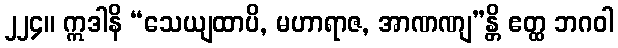
၂၂၄။ ဣဒါနိ “သေယျထာပိ, မဟာရာဇ, အာဏဏျ”န္တိ ဧတ္ထ ဘဂဝါ